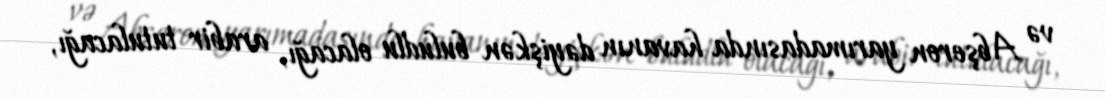
və Abşeron yarımadasında havanın dəyişkən buludlu olacağı, arabir tutulacağı,